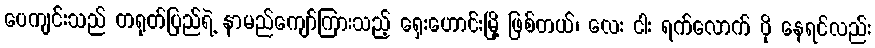
ပေကျင်းသည် တရုတ်ပြည်ရဲ့ နာမည်ကျော်ကြားသည့် ရှေးဟောင်းမြို့ ဖြစ်တယ်၊ လေး ငါး ရက်လောက် ပို နေရင်လည်း